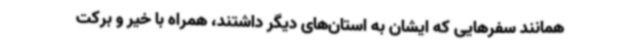
همانند سفرهایی که ایشان به استان‌های دیگر داشتند، همراه با خیر و برکت